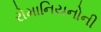
રોમાનિયનોની